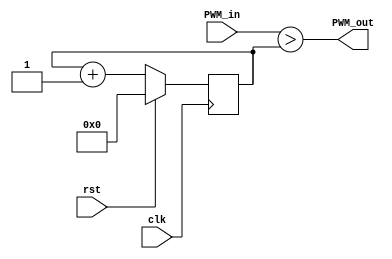
/*
 * Here is an alternative DAC design just using PWM. I've designed it in a way 
 * that allows for counting up or counting down based on the parameter chosen.
 *
 * The internal counter does not currently reset itself upon new PWM_in values,
 * so after changing the value, do not expect it to perfectly match what it should, 
 * but the cycle of the PWM will be accurate to its own cycle.
 *
 * Parameters:
 * 	COUNT_UP - Boolean value to determine if PWM should count up or count down.
 *		WIDTH - the width to use for the DAC.
 *
 * inputs:
 * 	clk - clock
 * 	rst - positive reset
 * 	PWM_in - WIDTH sized unsigned integer representing the value to 
 * 				compare to the internal counter.
 * 	
 * outputs: a PWM signal whose width is based on the ratio of PWM_in to the internal counter.
 *
 */
 
module PWM #(parameter COUNT_UP = 1'b1, WIDTH = 10)(
	input clk,
	input rst,
	input [WIDTH-1:0] PWM_in,
	
	output PWM_out
	);

	reg [WIDTH-1:0] count;
	
	always@(posedge clk) begin
		count <= count + 1'b1;
		
		if (rst) count <= {WIDTH-1{1'b0}};
	end
	
	
	assign PWM_out = COUNT_UP ~^ (PWM_in > count);	
endmodule